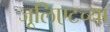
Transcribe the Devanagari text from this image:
जूलिएटच्या